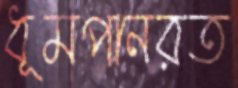
ধূমপানরত